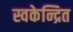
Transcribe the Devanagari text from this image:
स्वकेन्द्रित